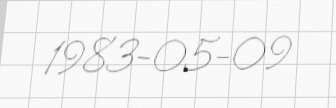
1983-05-09